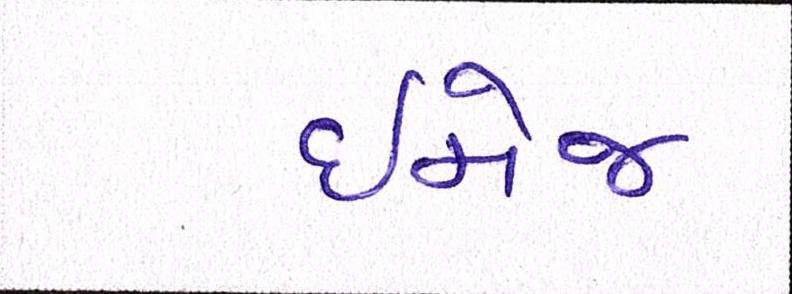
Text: ઇમેજ